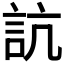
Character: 𧦑